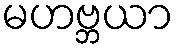
မဟဗ္ဘယာ